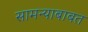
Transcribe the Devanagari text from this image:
सामन्याबाबत